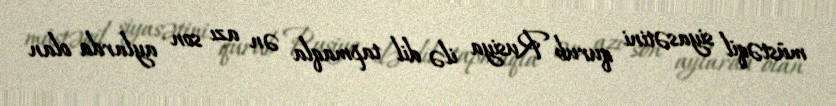
müstəqil siyasətini qurub Rusiya ilə dil tapmaqla ən azı son aylarda olan